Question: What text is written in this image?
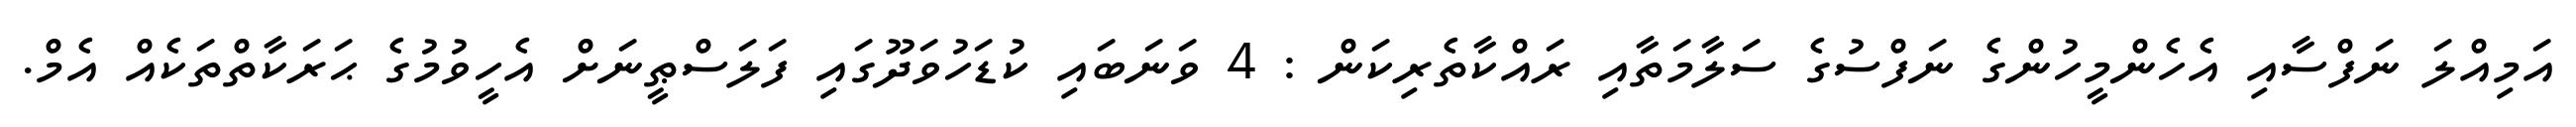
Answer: އަމިއްލަ ނަފްސާއި އެހެންމީހުންގެ ނަފްސުގެ ސަލާމަތާއި ރައްކާތެރިކަން : 4 ވަނަބައި ކުޑަހުވަދޫގައި ފަލަސްޠީނަށް އެހީވުމުގެ ޙަރަކާތްތަކެއް އެމް.